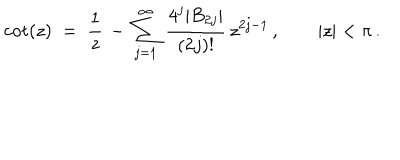
LaTeX: \cot ( z ) \; = \; \frac { 1 } { z } \, - \, \sum _ { j = 1 } ^ { \infty } \, \frac { 4 ^ { j } \vert B _ { 2 j } \vert } { ( 2 j ) ! } \, z ^ { 2 j - 1 } \, , \qquad \vert z \vert < \pi \, .